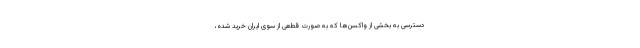
دسترسی به بخشی از واکسن‌ها که به صورت قطعی از سوی ایران خرید شده‌،